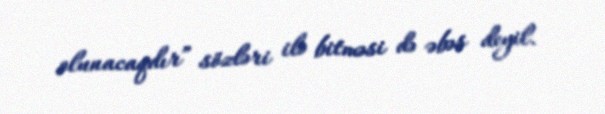
olunacaqdır” sözləri ilə bitməsi də əbəs deyil.